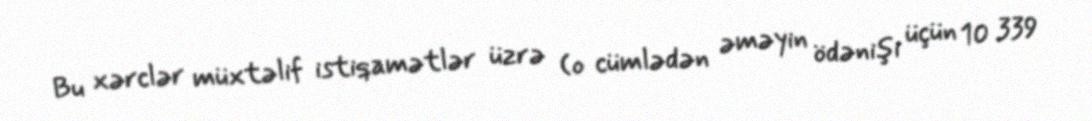
Bu xərclər müxtəlif istiqamətlər üzrə (o cümlədən əməyin ödənişi üçün 10 339